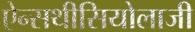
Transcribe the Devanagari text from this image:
ऐन्सथीसियोलाजी